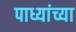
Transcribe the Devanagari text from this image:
पाध्यांच्या